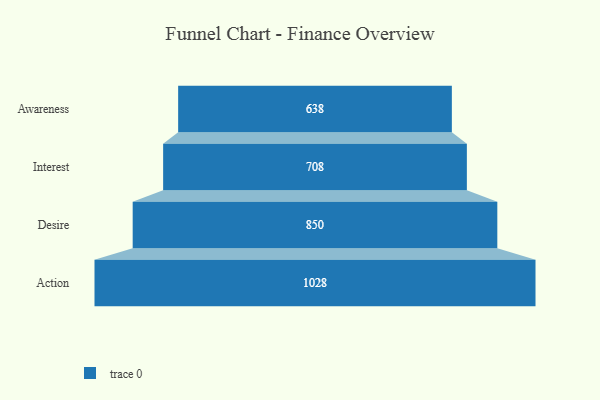
{"axis": {"x": "Stage", "y": "Value"}, "legend": [""], "data": [{"x": "Awareness", "y": 638.0, "type": ""}, {"x": "Interest", "y": 708.0, "type": ""}, {"x": "Desire", "y": 850.0, "type": ""}, {"x": "Action", "y": 1028.0, "type": ""}]}